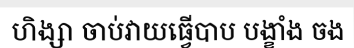
ហិង្សា ចាប់វាយធ្វើបាប បង្ខាំង ចង